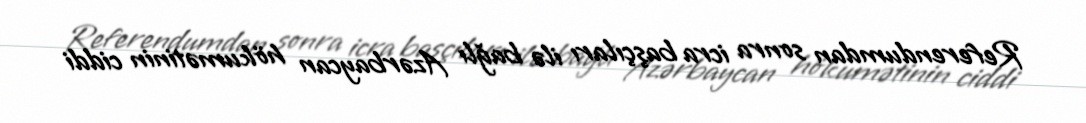
Referendumdan sonra icra başçıları ilə bağlı Azərbaycan hökumətinin ciddi